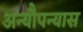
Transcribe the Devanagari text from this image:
अन्यौपन्यास